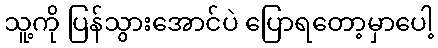
သူ့ကို ပြန်သွားအောင်ပဲ ပြောရတော့မှာပေါ့